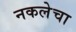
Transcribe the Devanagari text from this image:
नकलेचा